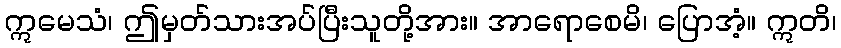
ဣမေသံ၊ ဤမှတ်သားအပ်ပြီးသူတို့အား။ အာရောစေမိ၊ ပြောအံ့။ ဣတိ၊